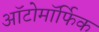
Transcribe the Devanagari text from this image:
ऑटोमॉर्फिक